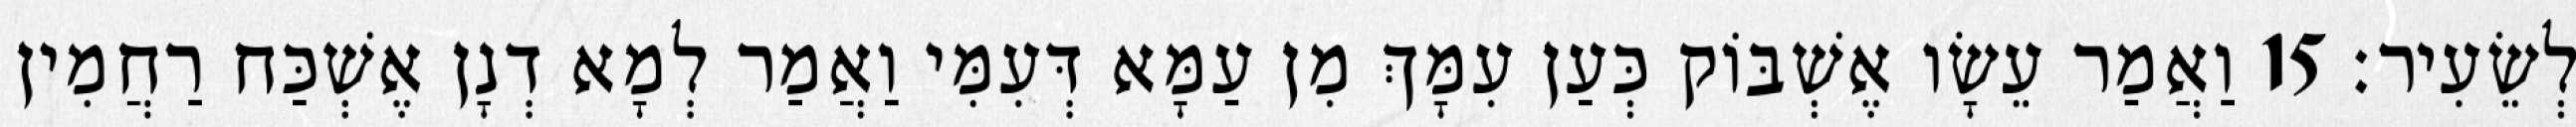
לְשֵׂעִיר׃ 15 וַאֲמַר עֵשָׂו אֶשְׁבּוֹק כְּעַן עִמָּךְ מִן עַמָּא דְּעִמִּי וַאֲמַר לְמָא דְנָן אֶשְׁכַּח רַחֲמִין